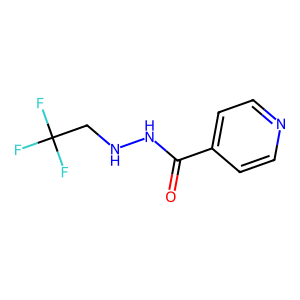
SMILES: O=C(NNCC(F)(F)F)c1ccncc1
Inhibits HIV replication: No